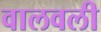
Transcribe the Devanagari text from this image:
वालवली